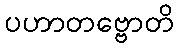
ပဟာတဗ္ဗောတိ